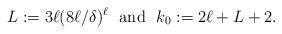
LaTeX: \begin{align*} L:=3\ell (8\ell/\delta)^{\ell} \mbox{ ~and~ } k_0:= 2\ell+L+2.\end{align*}